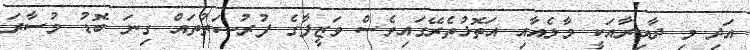
އަދި މި ދާއިރާއަކީ މާލެއާއި އަތޮޅުތެރޭގައިވެސް ވަޒީފާގެ ފުރުޞަތުތައް ގިނަ ބޮޑު މުސާރަ